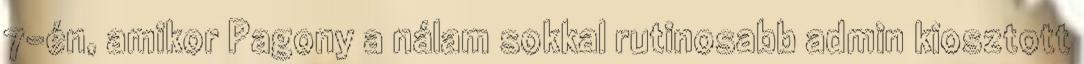
7-én, amikor Pagony a nálam sokkal rutinosabb admin kiosztott